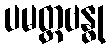
ပမတ္တဗန္ဓု